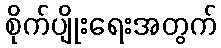
စိုက်ပျိုးရေးအတွက်